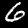
Digit: 6